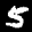
Label: 5